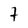
Character: 7